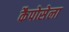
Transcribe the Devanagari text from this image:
कैपोसेला